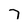
Character: 7